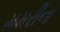
મમરીના